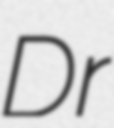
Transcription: Dr